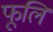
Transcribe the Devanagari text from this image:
फूलि